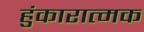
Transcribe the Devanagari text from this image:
हुंकारात्मक